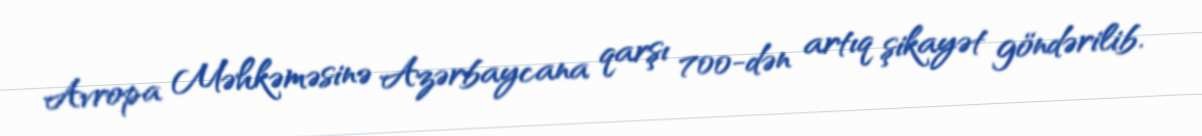
Avropa Məhkəməsinə Azərbaycana qarşı 700-dən artıq şikayət göndərilib.